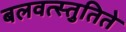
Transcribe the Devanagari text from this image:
बलवत्स्तुतिते